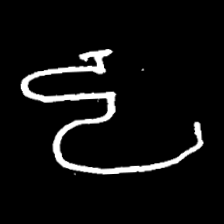
Pyu character \u2014 Myanmar letter: ဠ (romanized: lla)